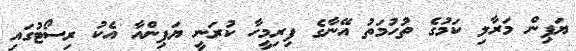
ޔަޕިން މަރާލި ކަމުގެ ތުހުމަތު އޭނާގެ ފިރިމީހާ ކުރަނީ ޔަޕިންއާ އެކު ރިސޯޓުގައި